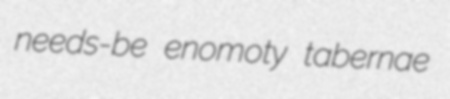
needs-be enomoty tabernae